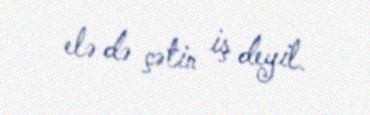
elə də çətin iş deyil.